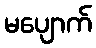
မပျောက်